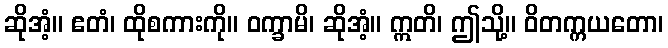
ဆိုအံ့။ ဧတံ၊ ထိုစကားကို။ ဝက္ခာမိ၊ ဆိုအံ့။ ဣတိ၊ ဤသို့။ ဝိတက္ကယတော၊